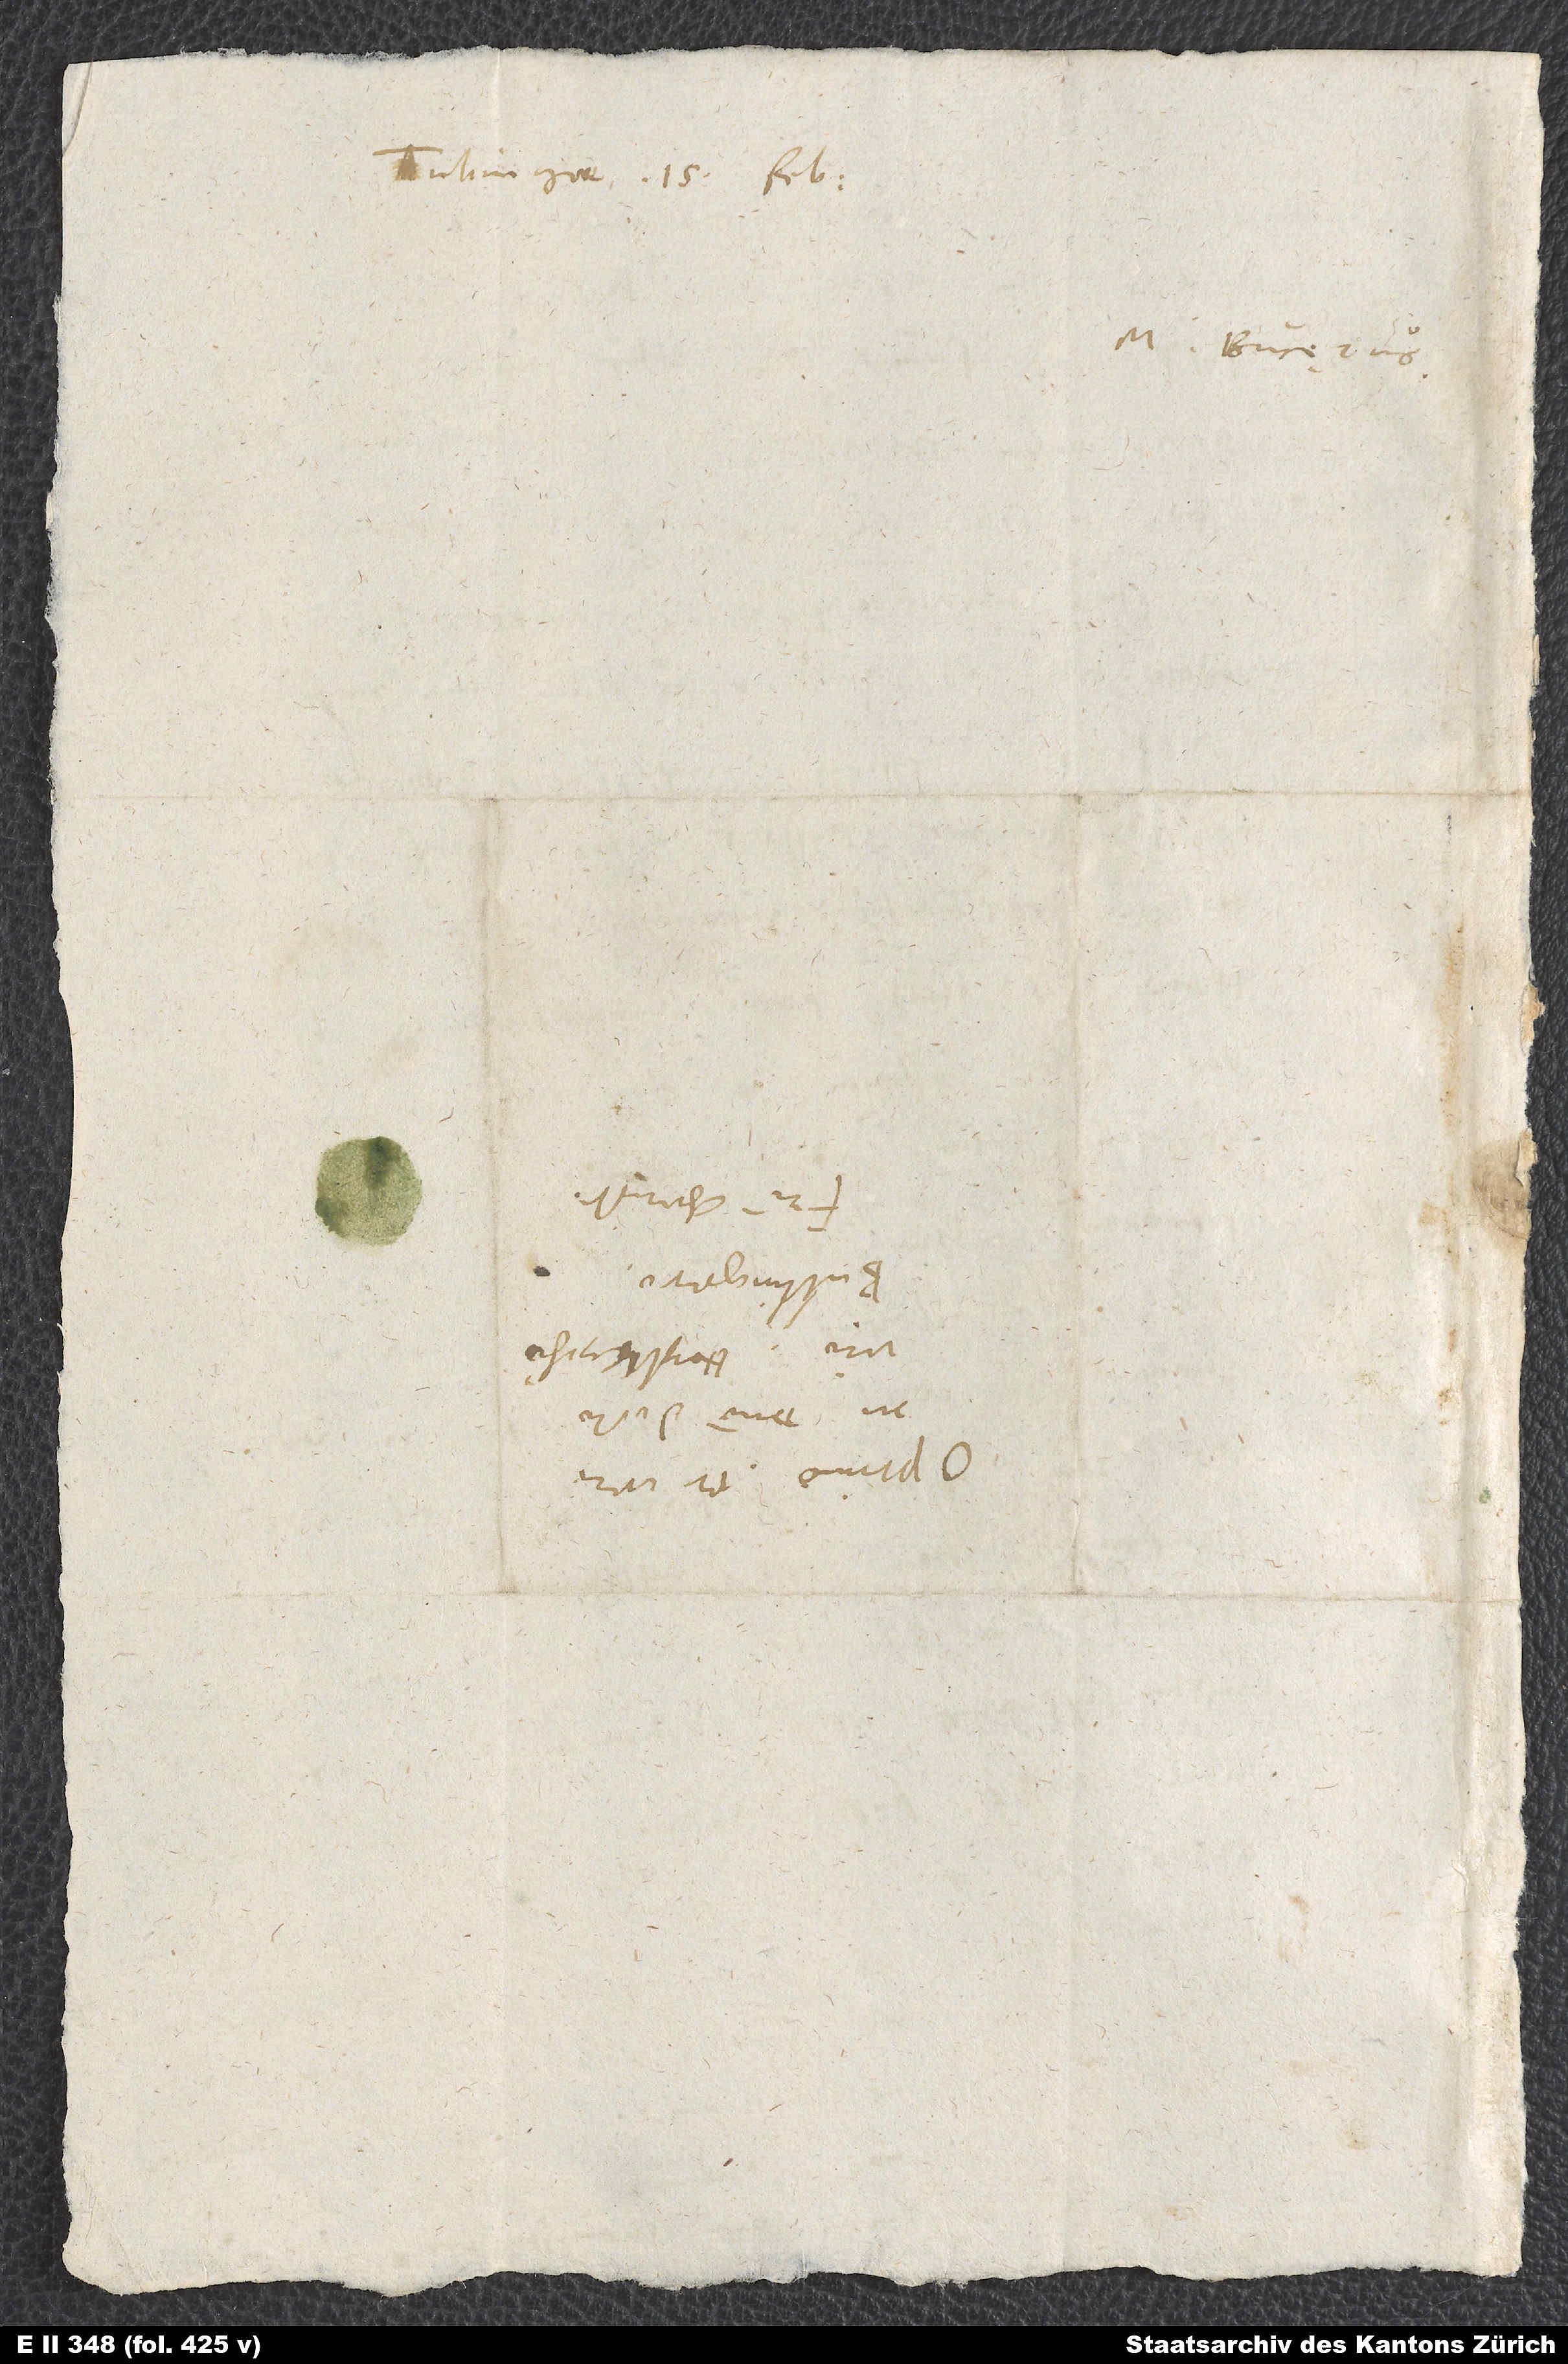
Tubingae, 15. februarii.

M. Bucęrus.